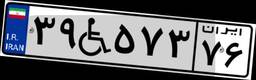
۰۴W۲۵۲۵۷